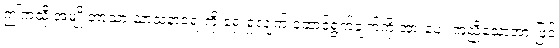
ဤကဲ့သို့ အမျိုးဘာသာ သာသနာရေးကို ရှေးရှုလျက် ဆောင်ရွက်ချက်ကို အားပေး ကူညီသောအားဖြင့်